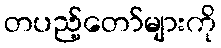
တပည့်တော်များကို